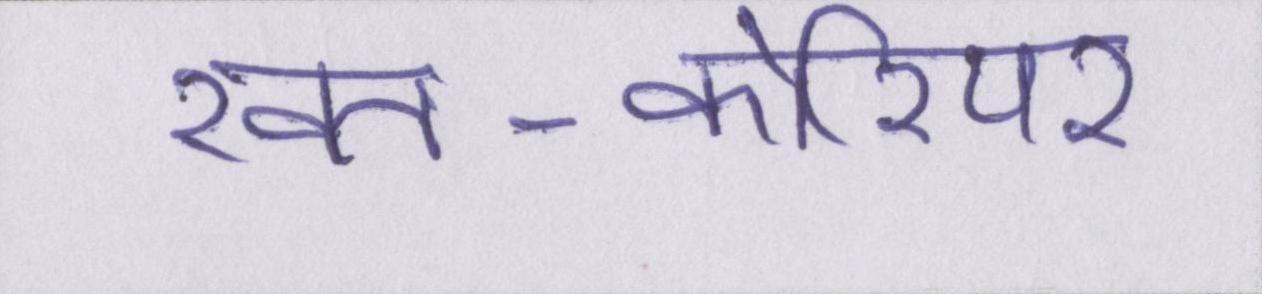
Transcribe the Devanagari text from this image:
ख़त-कोरियर